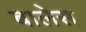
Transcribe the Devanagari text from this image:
बालेस